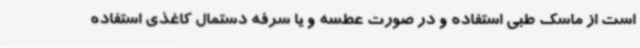
است از ماسک طبی استفاده و در صورت عطسه و یا سرفه دستمال کاغذی استفاده